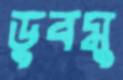
ডুবমু